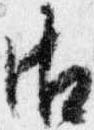
御